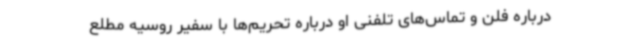
درباره فلن و تماس‌های تلفنی او درباره تحریم‌ها با سفیر روسیه مطلع